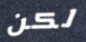
لكن